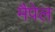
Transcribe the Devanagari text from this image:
मैपेल